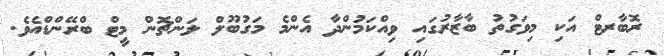
ރޮބާރޓް އަކި މިވަގުތު ބާޒާރުގައި ވިއްކަމުންދާ އެންމެ މަގުބޫލް ލަންޗޮން މީޓް ބްރޭންޑްއެވެ.